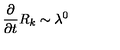
\frac { \partial } { \partial { t } } R _ { k } \sim \lambda ^ { 0 }